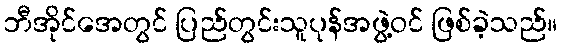
ဘီအိုင်အေတွင် ပြည်တွင်းသူပုန်အဖွဲ့ဝင် ဖြစ်ခဲ့သည်။